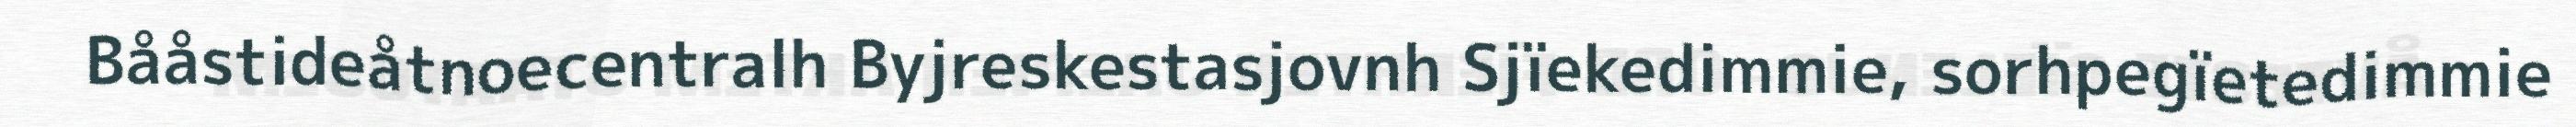
Bååstideåtnoecentralh Byjreskestasjovnh Sjïekedimmie, sorhpegïetedimmie